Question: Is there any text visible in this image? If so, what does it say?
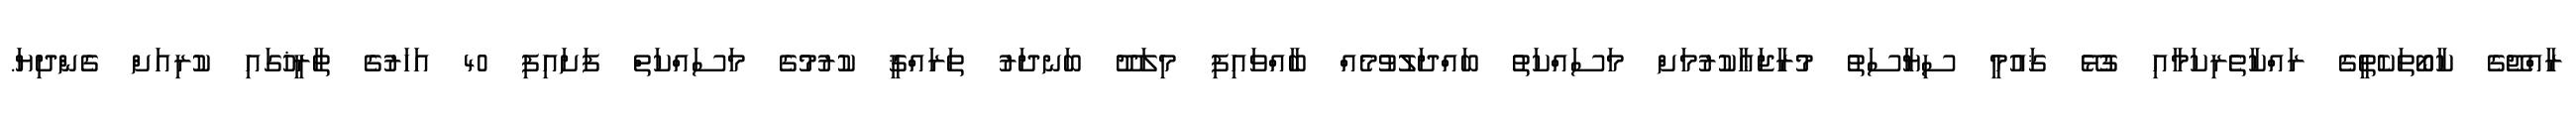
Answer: ރާއްޖޭގެ ކާބޯތަކެތީގެ ރައްކާތެރިކަމާއި ގުޅޭ ޤައުމީ ސިޔާސަތު މުރާޖަޢާކުރުމަށް މަސައްކަތު ބައްދަލުވުމެއް ބާއްވައިފި މިލަދޫ ބަނދަރު ތަރައްޤީ ކުރުމުގެ މަސައްކަތް ފަށައިފި 40 އަހަރުގެ ތާރީޚުގައި ކުރިއަށް ގެންދިޔަ.